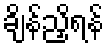
ချိန်ညှိရန်